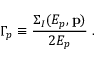
\Gamma _ { p } \equiv { \frac { \Sigma _ { I } ( E _ { p } , { \bf p } ) } { 2 E _ { p } } } \; .